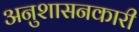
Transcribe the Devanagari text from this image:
अनुशासनकारी